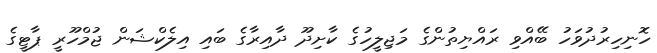
ހޮނިހިރުދުވަހު ބޭއްވި ރައްޔިތުންގެ މަޖިލީހުގެ ކާށިދޫ ދާއިރާގެ ބައި އިލެކްޝަން ޖުމްހޫރީ ޕާޓީގެ